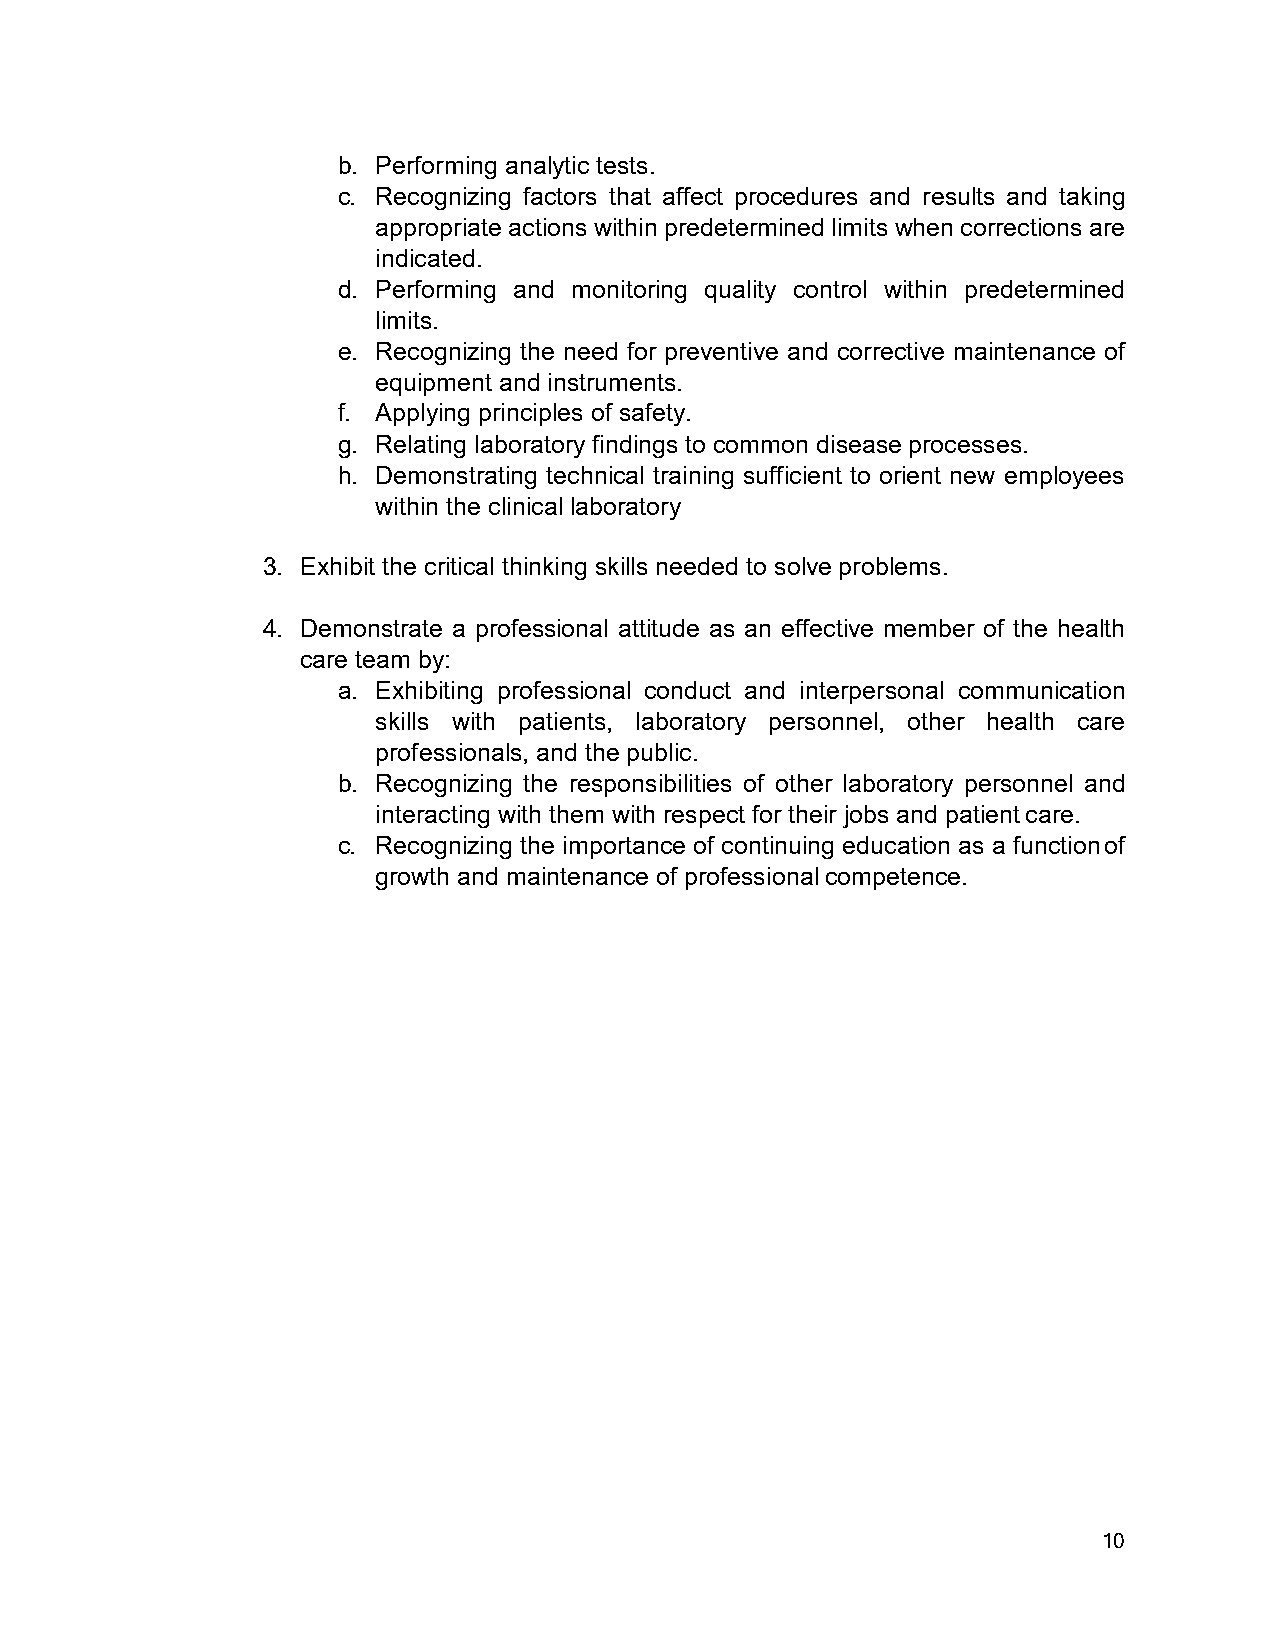
b. Performing analytic tests.
 c. Recognizing factors that affect procedures and results and taking
 appropriate actions within predetermined limits when corrections are
 indicated.
 d. Performing and monitoring quality control within predetermined
 limits.
 e. Recognizing the need for preventive and corrective maintenance of
 equipment and instruments.
 f. Applying principles of safety.
 g. Relating laboratory findings to common disease processes.
 h. Demonstrating technical training sufficient to orient new employees
 within the clinical laboratory
 3. Exhibit the critical thinking skills needed to solve problems.
 4. Demonstrate a professional attitude as an effective member of the health
 care team by:
 a. Exhibiting professional conduct and interpersonal communication
 skills with patients, laboratory personnel, other health care
 professionals, and the public.
 b. Recognizing the responsibilities of other laboratory personnel and
 interacting with them with respect for their jobs and patient care.
 c. Recognizing the importance of continuing education as a function of
 growth and maintenance of professional competence.
 10